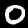
Digit: 0